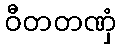
ဝီတတဏှံ